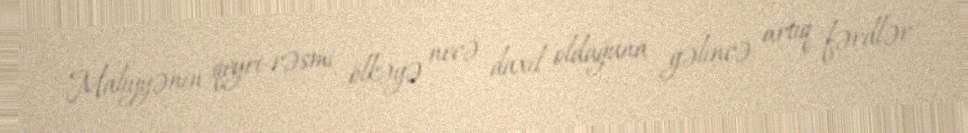
Maliyyənin qeyri-rəsmi ölkəyə necə daxil olduğuna gəlincə, artıq fərdlər